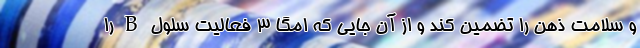
و سلامت ذهن را تضمین کند و از آن جایی که امگا ۳ فعالیت سلول B را